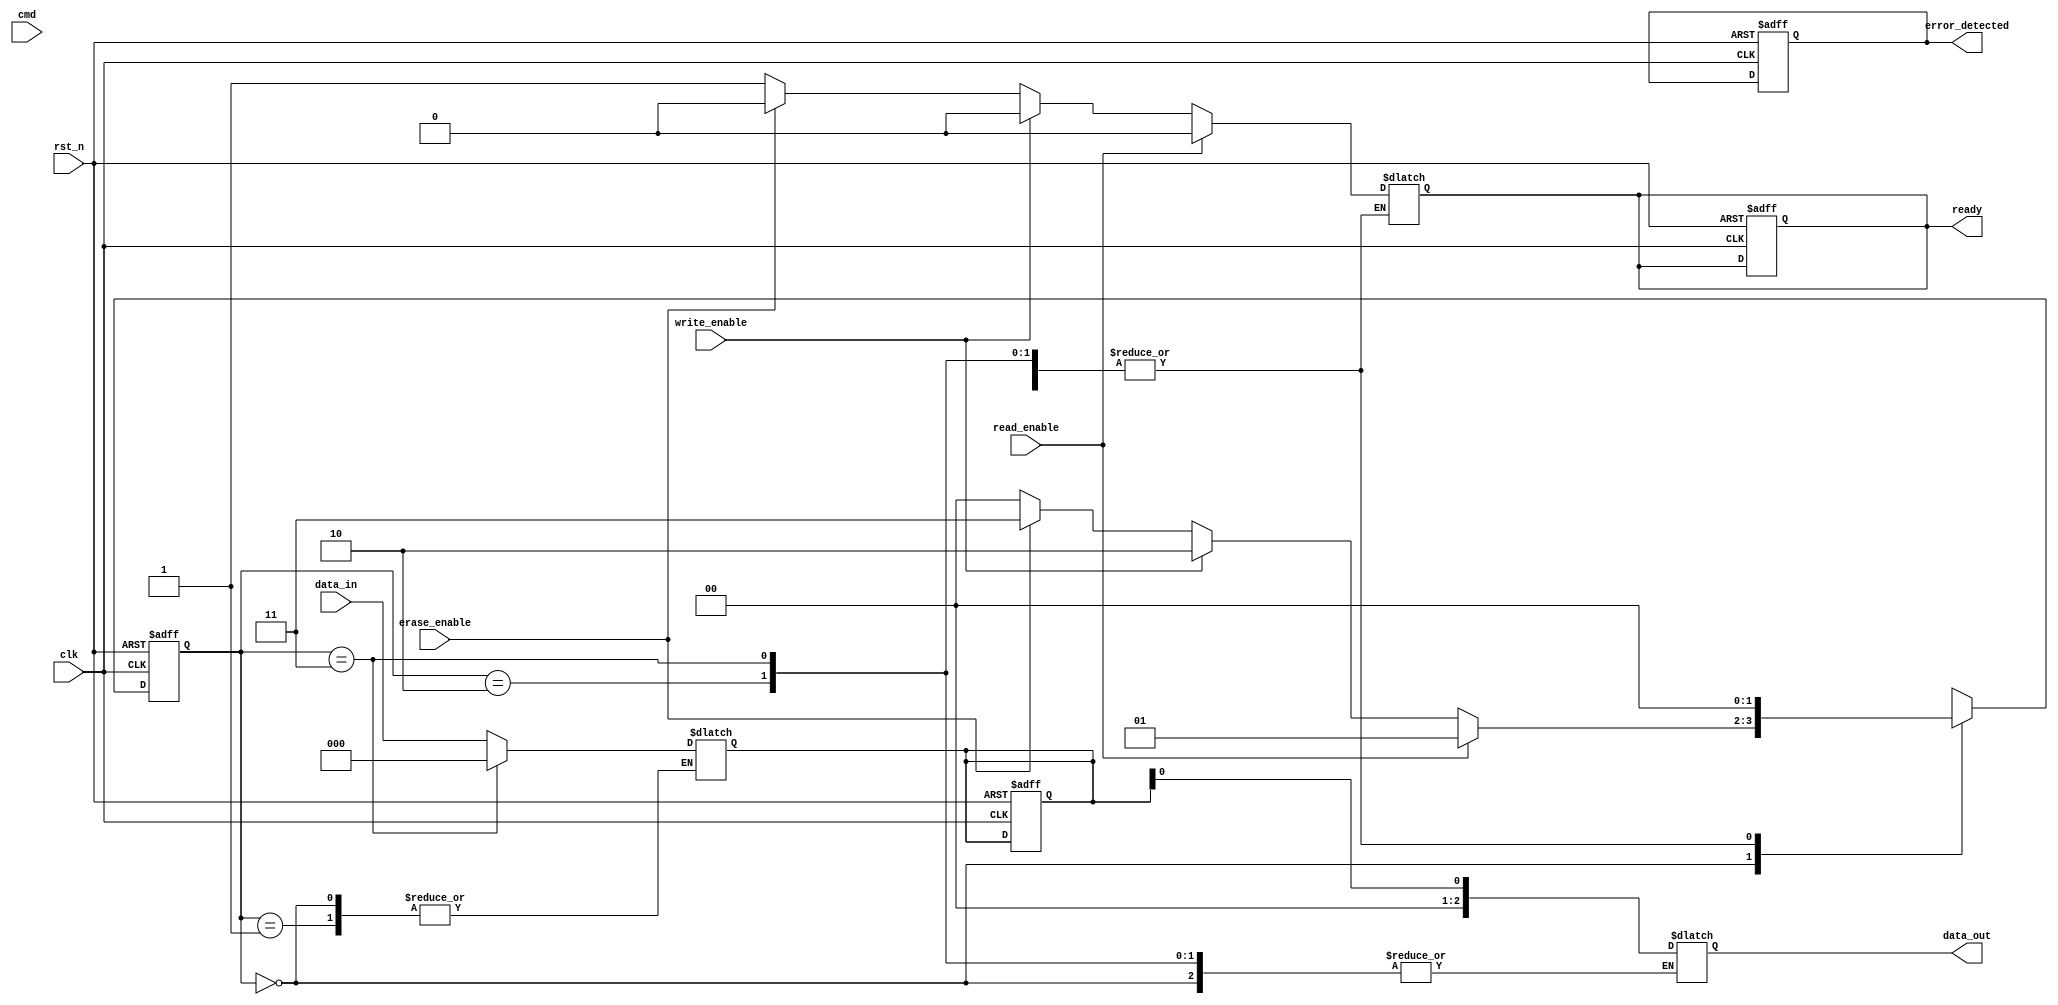
module TLC_NAND_IO_Block (
    input wire clk,                  // System clock
    input wire rst_n,                // Active low reset
    input wire [2:0] data_in,        // 3-bit data input (for TLC)
    input wire read_enable,           // Read enable signal
    input wire write_enable,          // Write enable signal
    input wire erase_enable,          // Erase enable signal
    input wire [1:0] cmd,             // Command signals
    output reg [2:0] data_out,        // 3-bit data output
    output reg ready,                 // Ready signal
    output reg error_detected         // Error detection signal
);

// Internal signals
reg [2:0] memory_cell;               // Memory cell to store data
reg [2:0] read_buffer;               // Buffer for read data
reg [2:0] write_buffer;              // Buffer for write data
reg [1:0] state;                     // State machine for operation control
reg [1:0] next_state;                // Next state for state machine

// State definitions
localparam IDLE       = 2'b00;
localparam READ       = 2'b01;
localparam PROGRAM    = 2'b10;
localparam ERASE      = 2'b11;

// Voltage level detection (for simplicity)
function [2:0] detect_voltage_level(input [2:0] voltage);
    begin
        // Simple detection logic (to be replaced with actual voltage detection)
        detect_voltage_level = voltage;
    end
endfunction

// Error correction logic (simplified)
function error_correction(input [2:0] data);
    begin
        // Placeholder for ECC logic (to be implemented)
        error_correction = data; // No error correction in this example
    end
endfunction

// State machine for operation control
always @(posedge clk or negedge rst_n) begin
    if (!rst_n) begin
        state <= IDLE;
        ready <= 1'b1;
        error_detected <= 1'b0;
        memory_cell <= 3'b000; // Initialize memory cell
    end else begin
        state <= next_state;
    end
end

// Next state logic
always @(*) begin
    case (state)
        IDLE: begin
            if (read_enable) begin
                next_state = READ;
                ready = 1'b0;
            end else if (write_enable) begin
                next_state = PROGRAM;
                ready = 1'b0;
            end else if (erase_enable) begin
                next_state = ERASE;
                ready = 1'b0;
            end else begin
                next_state = IDLE;
                ready = 1'b1;
            end
        end
        
        READ: begin
            read_buffer = detect_voltage_level(memory_cell); // Read operation
            data_out = error_correction(read_buffer); // Apply error correction
            next_state = IDLE;
        end
        
        PROGRAM: begin
            memory_cell = data_in; // Program operation
            next_state = IDLE;
        end
        
        ERASE: begin
            memory_cell = 3'b000; // Erase operation (reset to 0)
            next_state = IDLE;
        end
        
        default: next_state = IDLE;
    endcase
end

endmodule